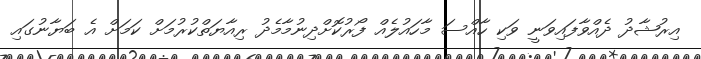
އިރުޝާދު ދެއްވާފައިވަނީ ވަކި ހާއްސަ މާހައުލެއް ފޯރުކޮށްދިނުމާމެދު ރިއާޔަތްކުރުމަށް ކަމަށް އެ ބަޔާނުގައި